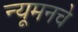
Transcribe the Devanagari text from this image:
न्यूमनचे